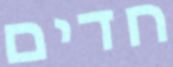
חדים